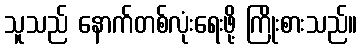
သူသည် နောက်တစ်လုံးရေးဖို့ ကြိုးစားသည်။